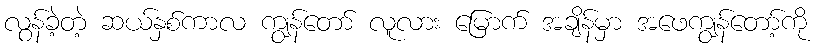
လွန်ခဲ့တဲ့ ဆယ်နှစ်ကာလ ကျွန်တော် လူလား မြောက် အချိန်မှာ အဖေကျွန်တော့်ကို